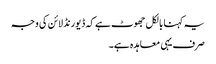
یہ کہنا بالکل جھوٹ ہے کہ ڈیورنڈ لائن کی وجہ
صرف یہی معاہدہ ہے۔